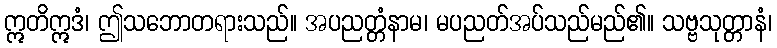
ဣတိဣဒံ၊ ဤသဘောတရားသည်။ အပညတ္တံနာမ၊ မပညတ်အပ်သည်မည်၏။ သဗ္ဗသုတ္တာနံ၊